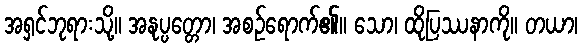
အရှင်ဘုရားသို့။ အနုပ္ပတ္တော၊ အစဉ်ရောက်၏။ သော၊ ထိုပြဿနာကို။ တယာ၊